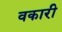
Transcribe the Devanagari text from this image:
वकारी